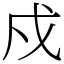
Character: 戍